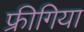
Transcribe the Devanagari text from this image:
फ्रीगिया